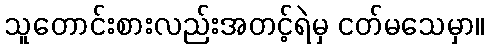
သူတောင်းစားလည်းအတင့်ရဲမှ ငတ်မသေမှာ။